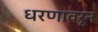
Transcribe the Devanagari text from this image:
धरणावरून